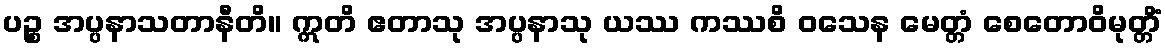
ပဉ္စ အပ္ပနာသတာနီတိ။ ဣတိ ဧတာသု အပ္ပနာသု ယဿ ကဿစိ ဝသေန မေတ္တံ စေတောဝိမုတ္တိံ